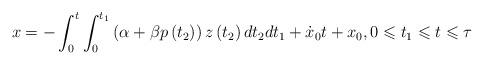
LaTeX: \begin{align*}x=-\int_{0}^{t }\int_{0}^{t_{1}}\left( \alpha +\beta p\left( t_{2}\right)\right) z\left( t_{2}\right) dt_{2}dt_{1}+\dot{x}_{0}t +x_{0},0\leqslant t_1\leqslant t\leqslant\tau\end{align*}